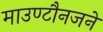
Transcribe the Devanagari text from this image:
माउण्टौनजने